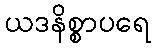
ယဒနိစ္စာပရေ